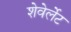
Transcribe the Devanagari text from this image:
शेवेर्लेट